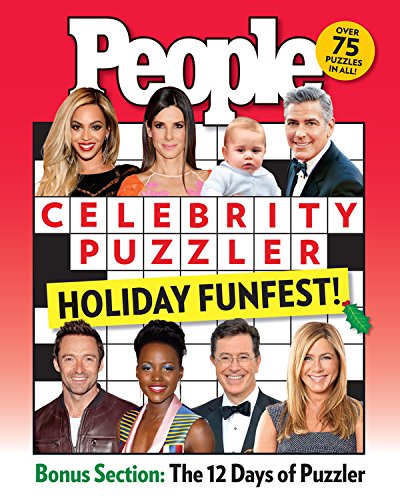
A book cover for People Celebrity Puzzler Holiday Funfest!; Editors of People Magazine; Humor & Entertainment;